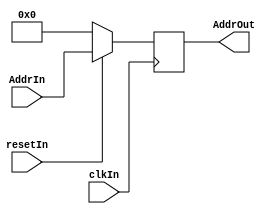
module PC(clkIn,resetIn,AddrIn,AddrOut);
  input clkIn;
  input resetIn;
  input[31:0] AddrIn;
  output reg[31:0] AddrOut;

  always @(posedge clkIn) begin
    if (~resetIn) AddrOut<=0;
    else AddrOut<=AddrIn;
  end
endmodule